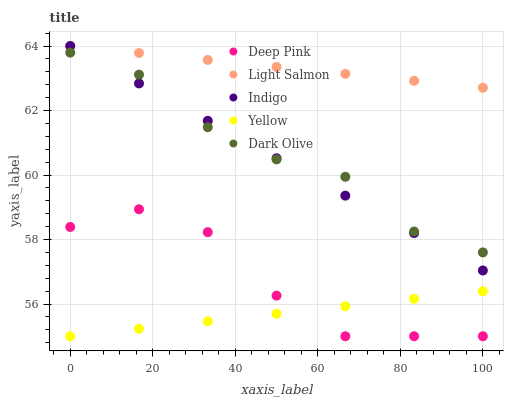
| xaxis_label | Deep Pink | Light Salmon | Indigo | Yellow | Dark Olive |
 | --- | --- | --- | --- | --- | --- |
 | 0 | 58.4 | 64 | 64 | 55 | 63.8 |
 | 16.7 | 58.9 | 63.8 | 62.8 | 55.2 | 63.1 |
 | 33.3 | 58.2 | 63.6 | 61.7 | 55.5 | 61.5 |
 | 50 | 56.3 | 63.4 | 60.5 | 55.7 | 60.5 |
 | 66.7 | 55 | 63.1 | 59.4 | 55.9 | 59.9 |
 | 83.3 | 55 | 62.9 | 58.2 | 56.2 | 58.2 |
 | 100 | 55 | 62.7 | 57 | 56.4 | 57.6 |